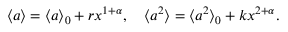
\langle a \rangle = \langle a \rangle _ { 0 } + r x ^ { 1 + \alpha } , \quad \langle a ^ { 2 } \rangle = \langle a ^ { 2 } \rangle _ { 0 } + k x ^ { 2 + \alpha } .